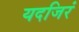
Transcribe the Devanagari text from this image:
यदजिरं